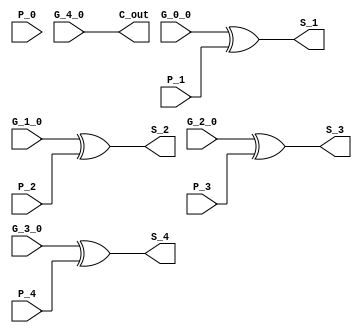
module SumLogic ( P_0,G_0_0,P_1,G_1_0,P_2,G_2_0,P_3,G_3_0,P_4,G_4_0,S_1,S_2,S_3,S_4,C_out );
input P_0;
input G_0_0;
input P_1;
input G_1_0;
input P_2;
input G_2_0;
input P_3;
input G_3_0;
input P_4;
input G_4_0;
output S_1;
output S_2;
output S_3;
output S_4;
output C_out;
// Bit 1
assign S_1 = G_0_0 ^ P_1 ;
// Bit 2
assign S_2 = G_1_0 ^ P_2 ;
// Bit 3
assign S_3 = G_2_0 ^ P_3 ;
// Bit 4
assign S_4 = G_3_0 ^ P_4 ;
// Carry Out
assign C_out = G_4_0 ;
endmodule